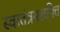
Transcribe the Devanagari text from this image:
स्वातंत्रयशक्ति